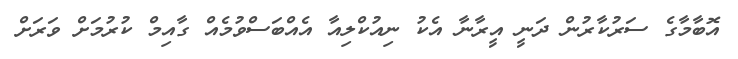
އޮބާމާގެ ސަރުކާރުން ދަނީ އީރާނާ އެކު ނިއުކްލިއާ އެއްބަސްވުމެއް ގާއިމް ކުރުމަށް ވަރަށް